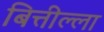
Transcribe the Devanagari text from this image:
बित्तील्ला